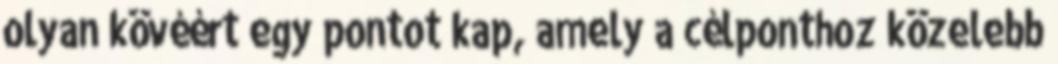
olyan kövéért egy pontot kap, amely a célponthoz közelebb